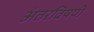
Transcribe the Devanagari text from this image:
अंतरविषयी